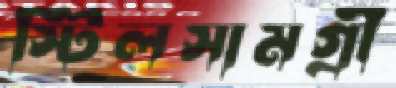
স্টিলসামগ্রী